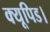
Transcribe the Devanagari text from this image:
क्यूपिड।